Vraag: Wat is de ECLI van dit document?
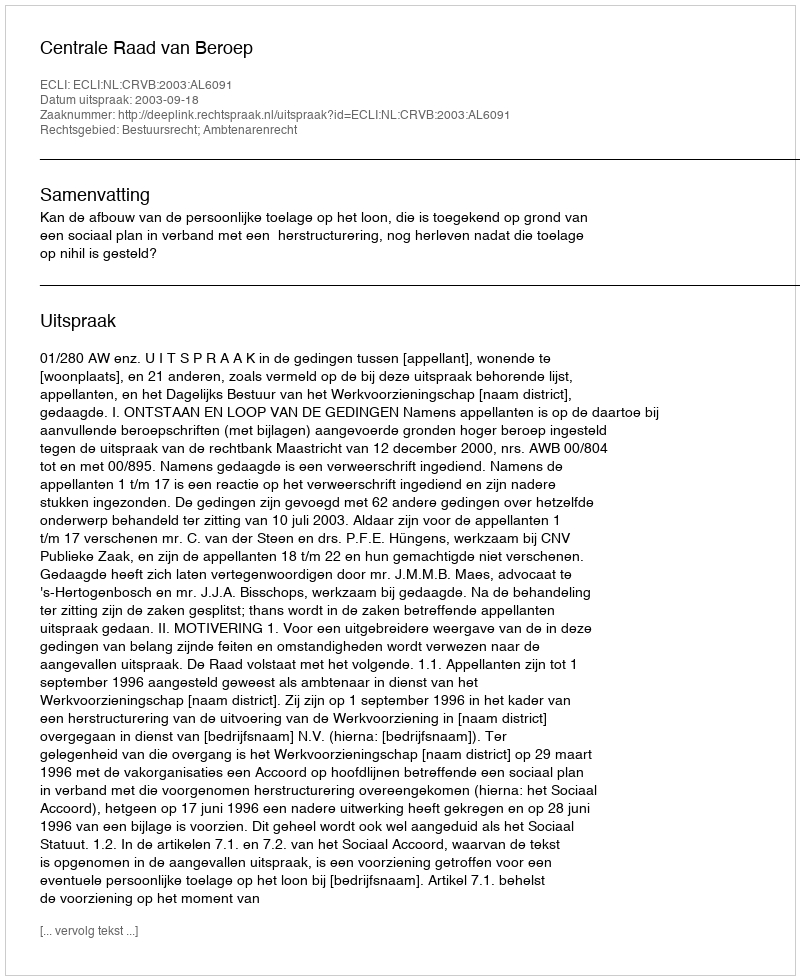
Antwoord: ECLI:NL:CRVB:2003:AL6091